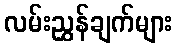
လမ်းညွှန်ချက်များ